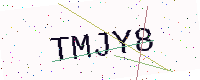
Text: TMJY8